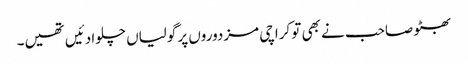
بھٹو صاحب نے بھی تو کراچی مزدوروں پر گولیاں چلوا دئیں تھیں۔